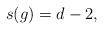
LaTeX: \begin{align*} s(g)=d-2,\end{align*}